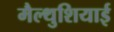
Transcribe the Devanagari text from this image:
मैल्थुशियाई